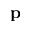
\mathbf { p }